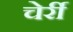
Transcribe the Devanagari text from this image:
चेर्री